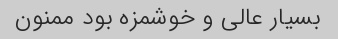
بسیار عالی و خوشمزه بود ممنون